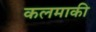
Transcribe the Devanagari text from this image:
कलमाकी